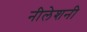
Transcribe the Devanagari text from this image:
नीलेशनी